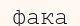
фака